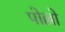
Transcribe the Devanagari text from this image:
पोल्लो